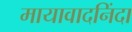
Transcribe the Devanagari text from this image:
मायावादनिंदा